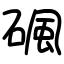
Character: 碸